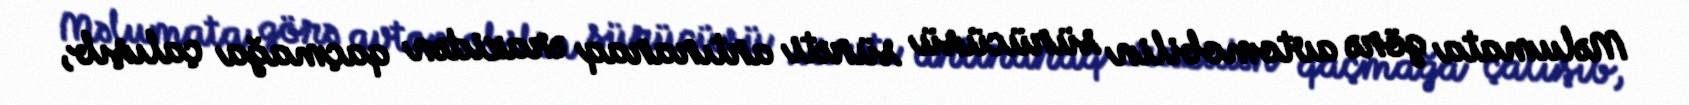
Məlumata görə avtomobilin sürücüsü sürəti artıraraq ərazidən qaçmağa çalışıb,